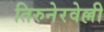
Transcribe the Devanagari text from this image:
तिरुनेरवेल्ली